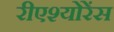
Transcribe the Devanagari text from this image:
रीएश्योरेंस